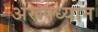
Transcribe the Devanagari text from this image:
अरूपध्यान